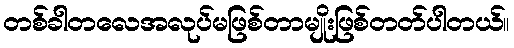
တစ်ခါတလေအလုပ်မဖြစ်တာမျိုးဖြစ်တတ်ပါတယ်။